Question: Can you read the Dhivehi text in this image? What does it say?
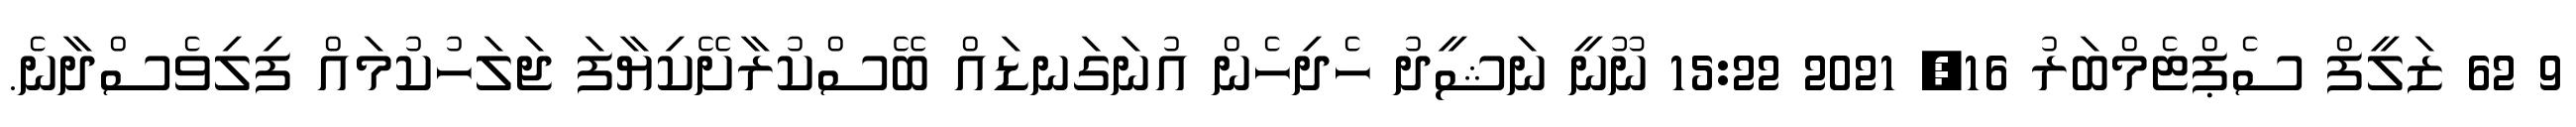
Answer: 9 62 ޒަލީފް ސެޕްޓެމްބަރު 16, 2021 15:22 ނޫނީ ނަޝީދު ހެދިހެން އުނަގަނޑައް ބޭސްކުރާށޭކިޔާފަ ޖަލަހުކުމައް ފިލިވެސްދާނެ.